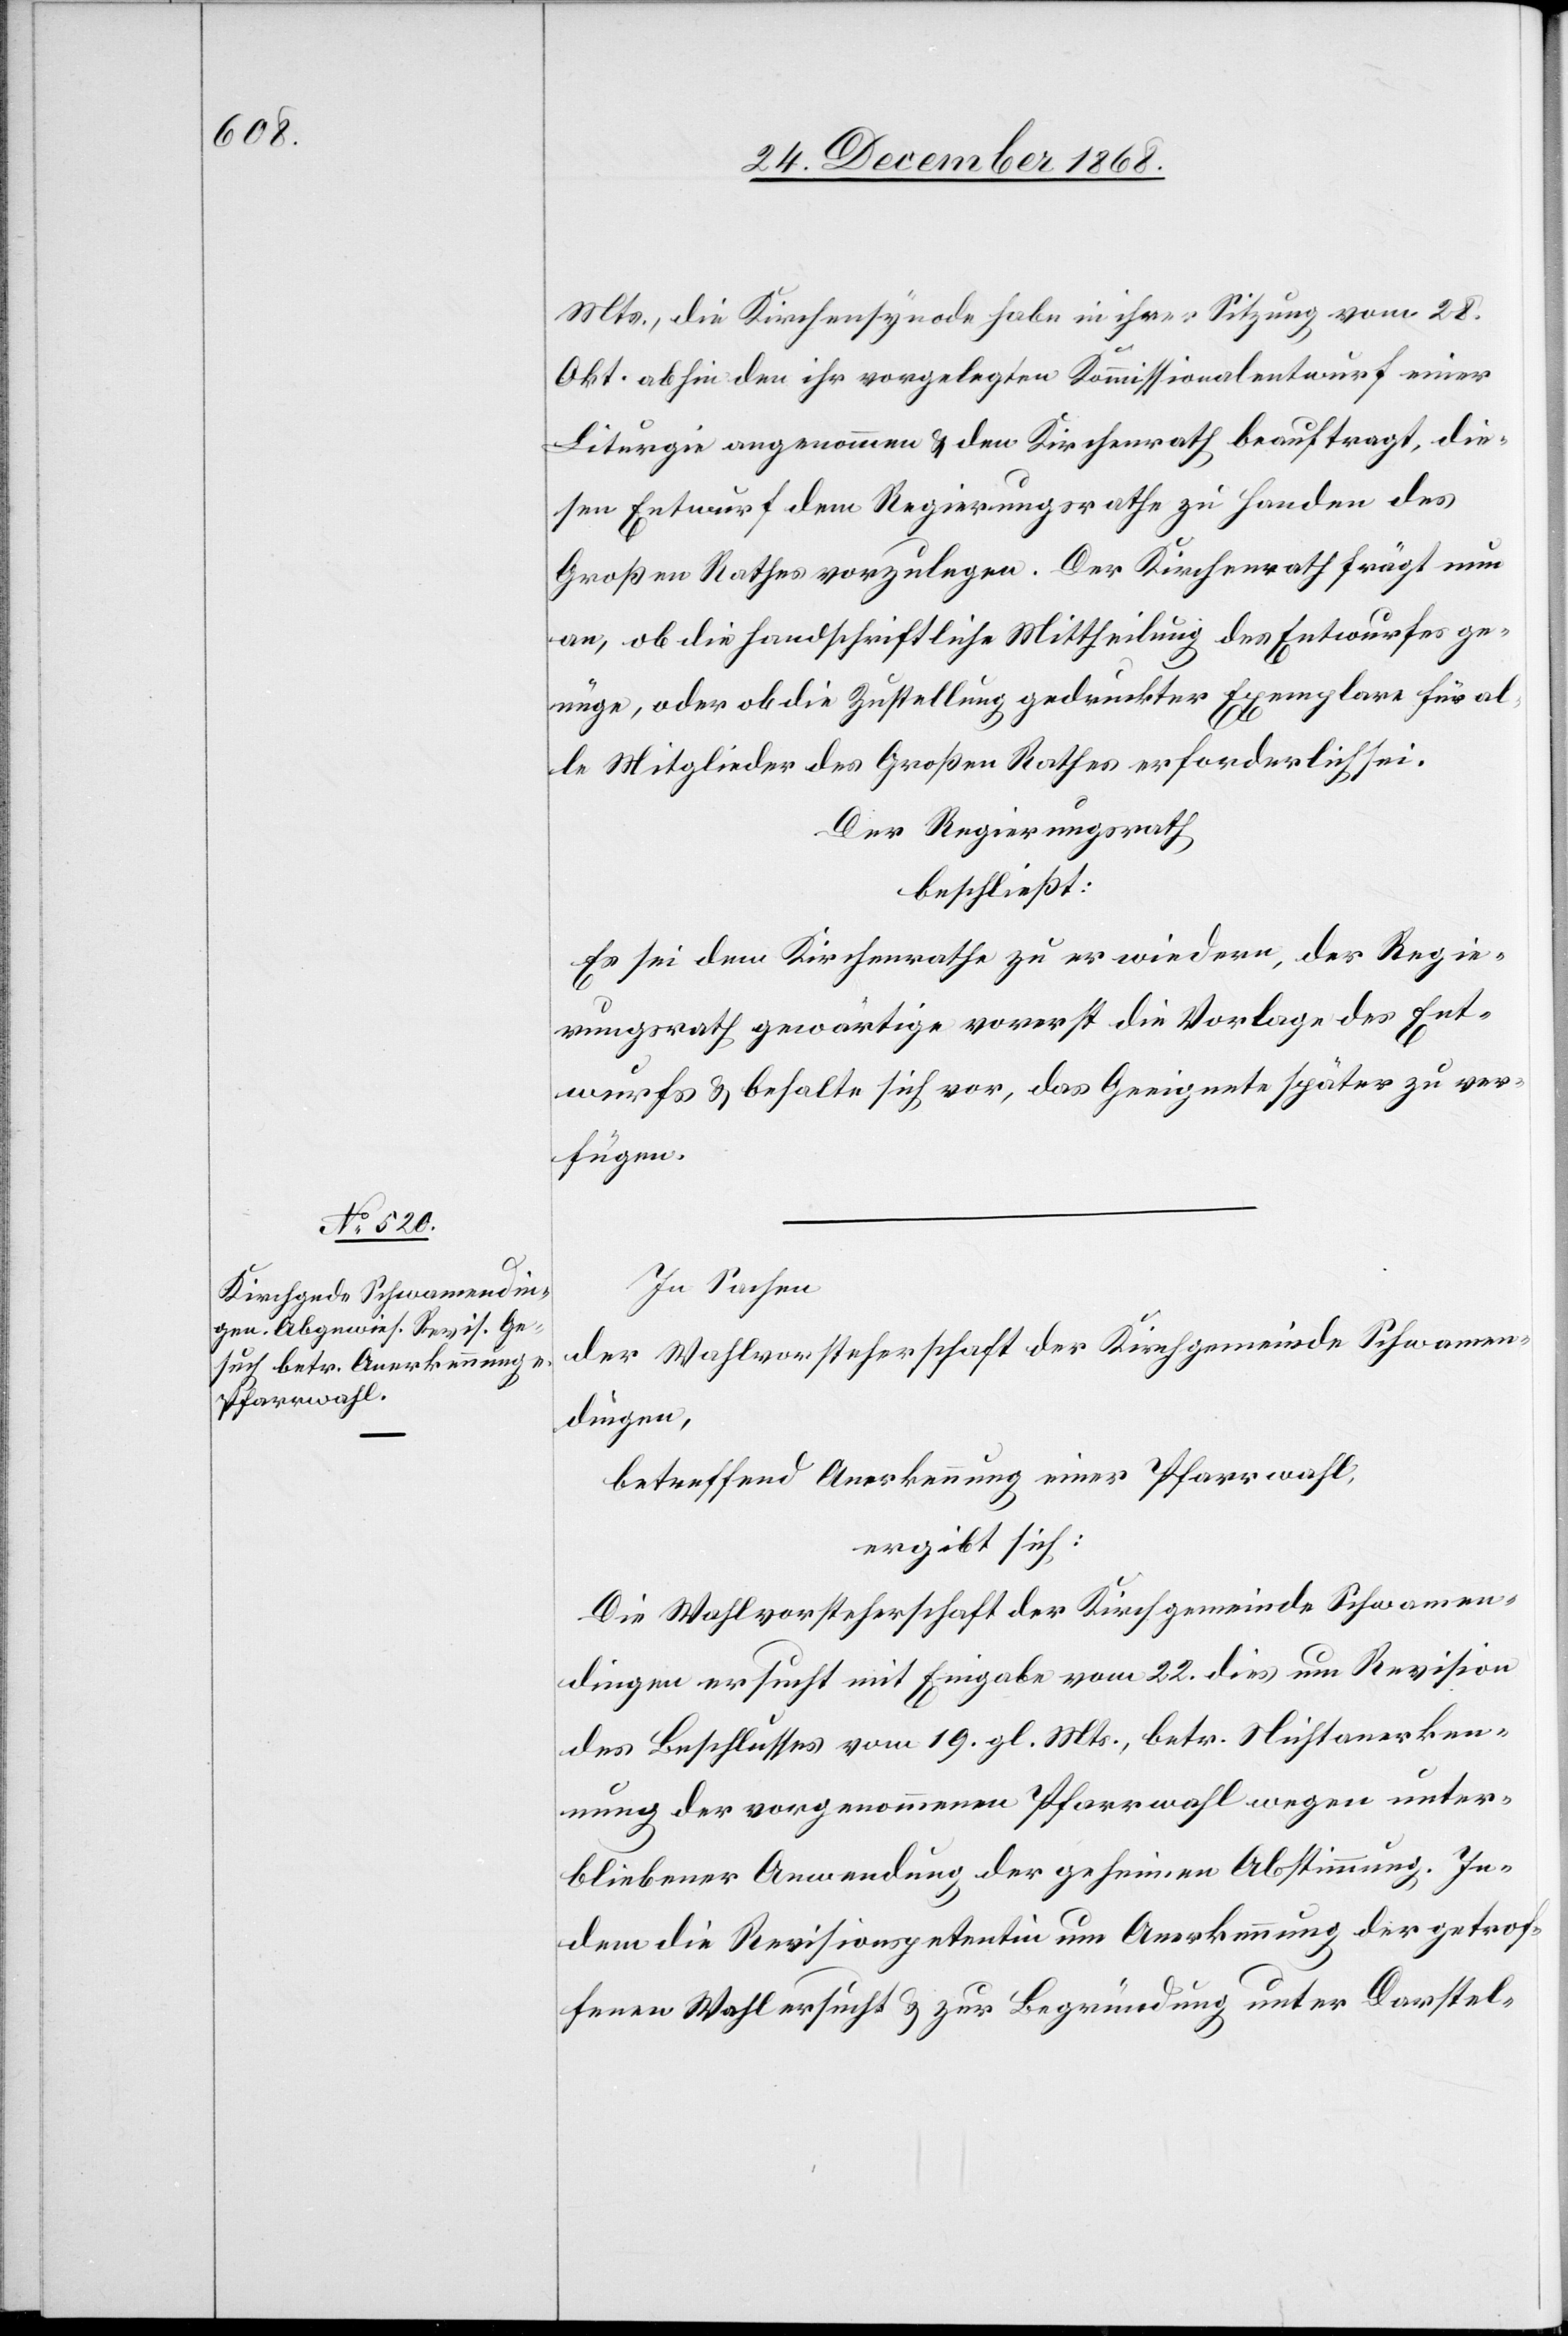
Mts., die Kirchensynode habe in ihrer Sitzung vom 28.
Okt. abhin den ihr vorgelegten Kommissionalentwurf einer
Liturgie angenommen & den Kirchenrath beauftragt, die¬
sen Entwurf dem Regierungsrathe zu Handen des
Großen Rathes vorzulegen. Der Kirchenrath frägt nun
an, ob die handschriftliche Mittheilung des Entwurfes ge¬
nüge, oder ob die Zustellung gedruckter Exemplare für al¬
le Mitglieder des Großen Rathes erforderlich sei.
Der Regierungsrath
beschließt:
Es sei dem Kirchenrathe zu erwiedern, der Regie¬
rungsrath gewärtige vorerst die Vorlage des Ent¬
wurfs & behalte sich vor, das Geeignete später zu ver¬
fügen.
In Sachen
der Wahlvorsteherschaft der Kirchgemeinde Schwamen¬
dingen,
betreffend Anerkennung einer Pfarrwahl,
ergibt sich:
Die Wahlvorsteherschaft der Kirchgemeinde Schwamen¬
dingen ersucht mit Eingabe vom 22. dies um Revision
des Beschlusses vom 19. gl. Mts., betr. Nichtanerken¬
nung der vorgenommenen Pfarrwahl wegen unter¬
bliebener Anwendung der geheimen Abstimmung. In¬
dem die Revisionspetentin um Anerkennung der getrof¬
fenen Wahl ersucht & zur Begründung unter Darstel-